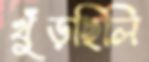
খুঁড়ছিলি